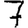
Digit: 7